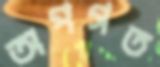
অপগত